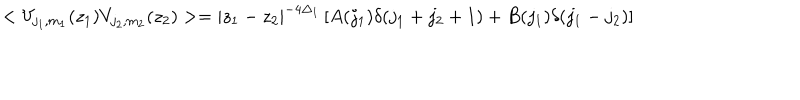
< V _ { j _ { 1 } , m _ { 1 } } ( z _ { 1 } ) V _ { j _ { 2 } , m _ { 2 } } ( z _ { 2 } ) > = | z _ { 1 } - z _ { 2 } | ^ { - 4 \Delta _ { 1 } } \left[ A ( j _ { 1 } ) \delta ( j _ { 1 } + j _ { 2 } + 1 ) + B ( j _ { 1 } ) \delta ( j _ { 1 } - j _ { 2 } ) \right]